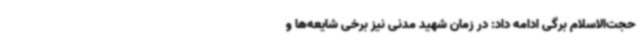
حجت‌الاسلام برگی ادامه داد: در زمان شهید مدنی نیز برخی شایعه‌ها و